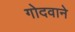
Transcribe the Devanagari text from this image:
गोदवाने